Resolution. No. 1369 Ex.
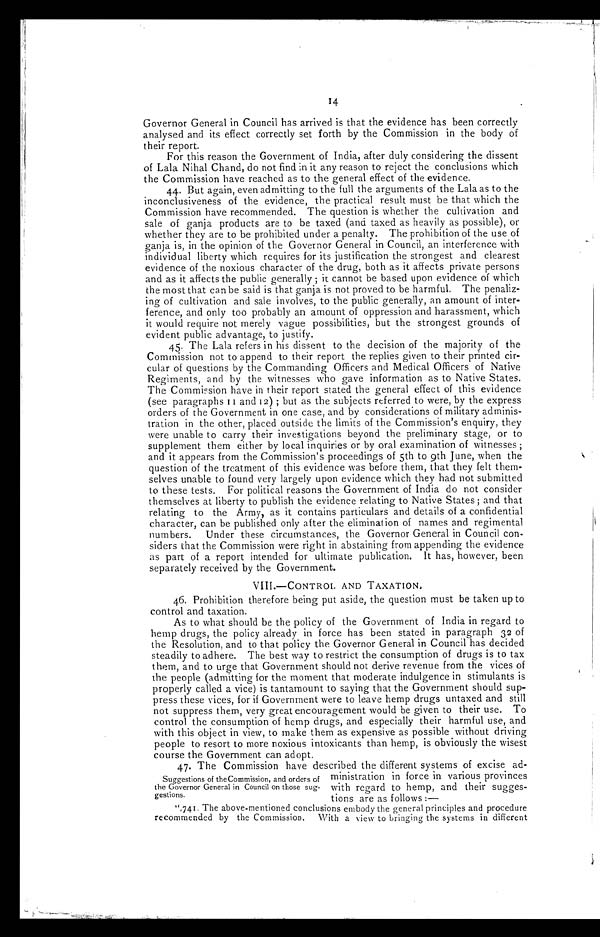
14
Governor General in Council has arrived is that the evidence has been correctly
analysed and its effect correctly set forth by the Commission in the body of
their report.
For this reason the Government of India, after duly considering the dissent
of Lala Nihal Chand, do not find in it any reason to reject the conclusions which
the Commission have reached as to the general effect of the evidence.
44. But again, even admitting to the full the arguments of the Lala as to the
inconclusiveness of the evidence, the practical result must be that which the
Commission have recommended. The question is whether the cultivation and
sale of ganja products are to be taxed (and taxed as heavily as possible), or
whether they are to be prohibited under a penalty. The prohibition of the use of
ganja is, in the opinion of the Governor General in Council, an interference with
individual liberty which requires for its justification the strongest and clearest
evidence of the noxious character of the drug, both as it affects private persons
and as it affects the public generally; it cannot be based upon evidence of which
the most that can be said is that ganja is not proved to be harmful. The penaliz-
ing of cultivation and sale involves, to the public generally, an amount of inter-
ference, and only too probably an amount of oppression and harassment, which
it would require not merely vague possibilities, but the strongest grounds of
evident public advantage, to justify.
45. The Lala refers in his dissent to the decision of the majority of the
Commission not to append to their report the replies given to their printed cir-
cular of questions by the Commanding Officers and Medical Officers of Native
Regiments, and by the witnesses who gave information as to Native States.
The Commission have in their report stated the general effect of this evidence
(see paragraphs 11 and 12); but as the subjects referred to were, by the express
orders of the Government in one case, and by considerations of military adminis-
tration in the other, placed outside the limits of the Commission's enquiry, they
were unable to carry their investigations beyond the preliminary stage, or to
supplement them either by local inquiries or by oral examination of witnesses;
and it appears from the Commission's proceedings of 5th to 9th June, when the
question of the treatment of this evidence was before them, that they felt them-
selves unable to found very largely upon evidence which they had not submitted
to these tests. For political reasons the Government of India do not consider
themselves at liberty to publish the evidence relating to Native States; and that
relating to the Army, as it contains particulars and details of a confidential
character, can be published only after the elimination of names and regimental
numbers. Under these circumstances, the Governor General in Council con-
siders that the Commission were right in abstaining from appending the evidence
as part of a report intended for ultimate publication. It has, however, been
separately received by the Government.
VIII.—CONTROL AND TAXATION.
46. Prohibition therefore being put aside, the question must be taken up to
control and taxation.
As to what should be the policy of the Government of India in regard to
hemp drugs, the policy already in force has been stated in paragraph 32 of
the Resolution, and to that policy the Governor General in Council has decided
steadily to adhere. The best way to restrict the consumption of drugs is to tax
them, and to urge that Government should not derive revenue from the vices of
the people (admitting for the moment that moderate indulgence in stimulants is
properly called a vice) is tantamount to saying that the Government should sup-
press these vices, for if Government were to leave hemp drugs untaxed and still
not suppress them, very great encouragement would be given to their use. To
control the consumption of hemp drugs, and especially their harmful use, and
with this object in view, to make them as expensive as possible without driving
people to resort to more noxious intoxicants than hemp, is obviously the wisest
course the Government can adopt.
47. The Commission have described the different systems of excise ad-
Suggestions of the Commission, and orders of ministration in force in various provinces
the Governor General in Council on those sug- with regard to hemp, and their sugges-
gestions.
tions are as follows
: —
"741. The above-mentioned conclusions embody the general principles and procedure
recommended by the Commission.
With a view to bringing the systems in different